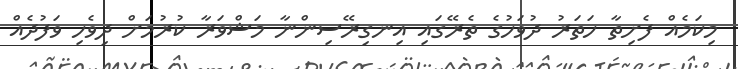
މިކަމެއް ފެށިތާ ހަތަރު ދުވަހުގެ ތެރޭގައި އިނގިރޭސިންނާ މަޝްވަރާ ކުރުމަށް ދިވެހި ވަފުދެއް